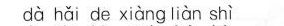
dà hǎi de xiàng liàn shì